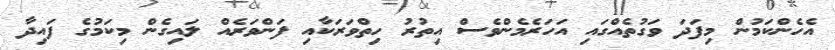
އެހެންކަމުން މިފަދަ ވަގުތެއްގައި އަހަރެމެންވެސް އިތުރު ހިތްވަރަކާއި ފަންވަރެއް ލައިގެން މިކަމުގެ ފައިދާ